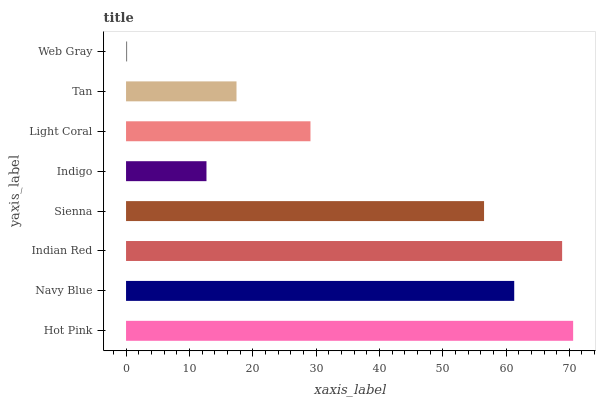
| yaxis_label | bars |
 | --- | --- |
 | Hot Pink | 70.6 |
 | Navy Blue | 61.3 |
 | Indian Red | 68.9 |
 | Sienna | 56.5 |
 | Indigo | 12.7 |
 | Light Coral | 29.1 |
 | Tan | 17.4 |
 | Web Gray | 0.172 |